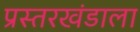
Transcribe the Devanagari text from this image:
प्रस्तरखंडाला